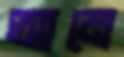
আনে